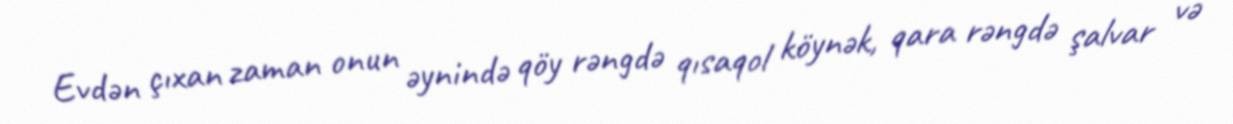
Evdən çıxan zaman onun əynində qöy rəngdə qısaqol köynək, qara rəngdə şalvar və